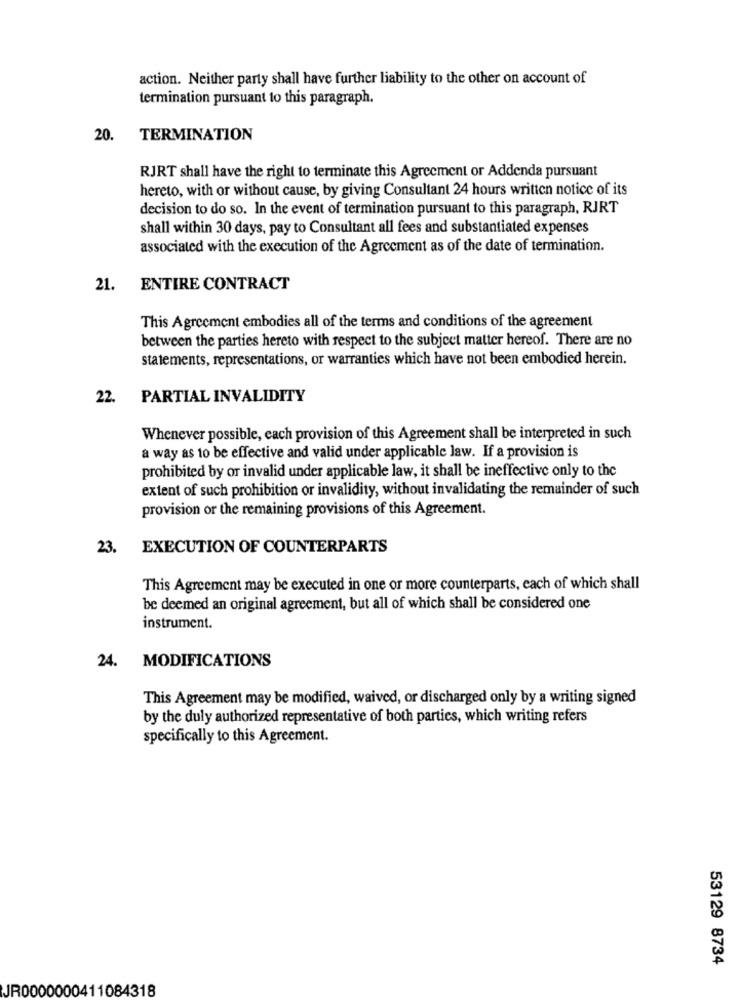
action. Neither party shall have further liability to the other on account of
termination pursuant to this paragraph.
20.
TERMINATION
RJRT shall have the right to terminate this Agreement or Addenda pursuant
hereto, with or without cause, by giving Consultant 24 hours written notice of its
decision to do so. In the event of termination pursuant to this paragraph, RJRT
shall within 30 days, pay to Consultant all fees and substantiated expenses
associated with the execution of the Agreement as of the date of termination.
21. ENTIRE CONTRACT
This Agreement embodies all of the terms and conditions of the agreement
between the parties hereto with respect to the subject matter hereof. There are no
statements, representations, or warranties which have not been embodied herein.
22.
PARTIAL INVALIDITY
Whenever possible, each provision of this Agreement shall be interpreted in such
a way as to be effective and valid under applicable law. If a provision is
prohibited by or invalid under applicable law, it shall be ineffective only to the
extent of such prohibition or invalidity, without invalidating the remainder of such
provision or the remaining provisions of this Agreement.
23. EXECUTION OF COUNTERPARTS
This Agreement may be executed in one or more counterparts, each of which shall
be deemed an original agreement, but all of which shall be considered one
instrument.
24. MODIFICATIONS
This Agreement may be modified, waived, or discharged only by a writing signed
by the duly authorized representative of both parties, which writing refers
specifically to this Agreement.
53129 8734
JR0000000411084318